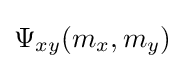
\Psi _{xy}(m_{x},m_{y})